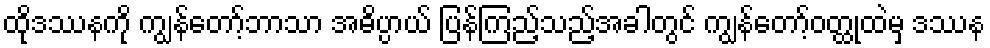
ထိုဒဿနကို ကျွန်တော့်ဘာသာ အဓိပ္ပာယ် ပြန်ကြည့်သည့်အခါတွင် ကျွန်တော့်ဝတ္ထုထဲမှ ဒဿန